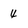
Character: 4